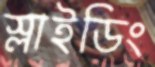
স্লাইডিং